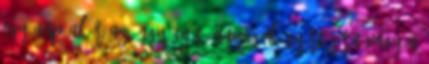
egy nap akár az öngyógyító anyagok gyártására vagy a